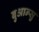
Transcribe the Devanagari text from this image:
बुआन्सु